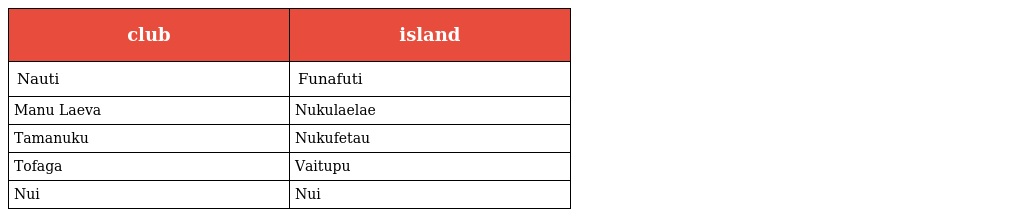
| club | island |
 | --- | --- |
 | Nauti | Funafuti |
 | Manu Laeva | Nukulaelae |
 | Tamanuku | Nukufetau |
 | Tofaga | Vaitupu |
 | Nui | Nui |